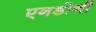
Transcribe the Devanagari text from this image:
एनडोनी